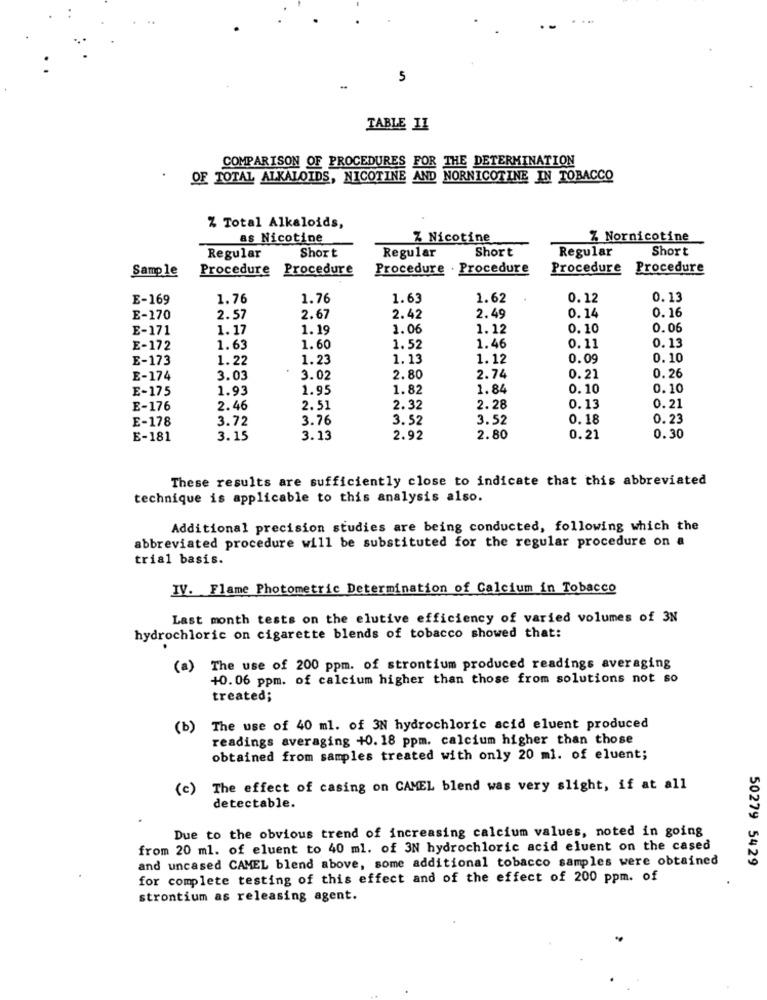
5
TABLE II
COMPARISON OF PROCEDURES
FOR THE DETERMINATION
OF TOTAL ALKALOIDS, NICOTINE
NORNICOTINE IN TOBACCO
% Total Alkaloids,
as Nicotine
Z Nicotine
Z Nornicotine
Short
Regular
Short
Regular
Short
Regular
Sample
Procedure Procedure
Procedure . Procedure
Procedure Procedure
E-169
1.76
1.76
1.63
1.62
0.12
0.13
E-170
2.57
2.67
2.42
2.49
0.14
0.16
E-171
1.17
1.19
1.06
1.12
0.10
0.06
0.13
E-172
1.63
1.60
1.52
1.46
0.11
E-173
1.22
1.23
1.13
1.12
0.09
0.10
0.26
E-174
3.03
3.02
2.80
2.74
0.21
E-175
1.93
1.95
1.82
1.84
0.10
0.10
0. 21
E-176
2.46
2.51
2.32
2.28
0.13
3.72
3.76
3.52
3.52
0.18
0. 23
E-178
E-181
3.15
3.13
2.92
2.80
0.21
0.30
These results are sufficiently close to indicate that this abbreviated
technique is applicable to this analysis also.
Additional precision studies are being conducted, following which the
abbreviated procedure will be substituted for the regular procedure on a
trial basis.
IV. Flame Photometric Determination of Calcium in Tobacco
Last month tests on the elutive efficiency of varied volumes of 3N
hydrochloric on cigarette blends of tobacco showed that:
(a)
The use of 200 ppm. of strontium produced readings averaging
+0. 06 ppm. of calcium higher than those from solutions not so
treated;
(b)
The use of 40 ml. of 3N hydrochloric acid eluent produced
readings averaging +0. 18 ppm. calcium higher than those
obtained from samples treated with only 20 ml. of eluent;
(c)
The effect of casing on CAMEL blend was very slight, if at all
detectable.
Due to the obvious trend of increasing calcium values, noted in going
from 20 ml. of eluent to 40 ml. of 3N hydrochloric acid eluent on the cased
and uncased CAMEL blend above, some additional tobacco samples were obtained
50279 5429
for complete testing of this effect and of the effect of 200 ppm. of
strontium as releasing agent.